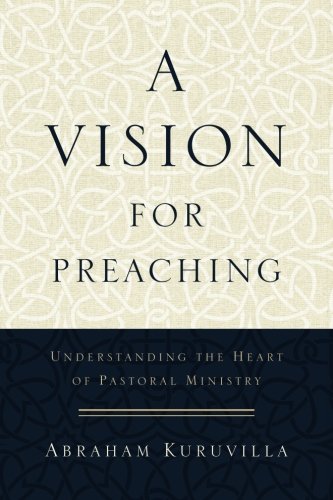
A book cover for A Vision for Preaching: Understanding the Heart of Pastoral Ministry; Abraham Kuruvilla; Christian Books & Bibles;